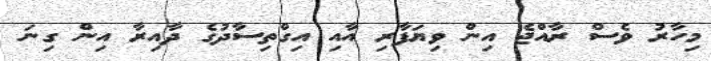
މިހާރު ވެސް ރާއްޖެ އިން ވިޔަފާރި އާއި އިގްތިސާދުގެ ދާއިރާ އިން ގިނަ